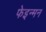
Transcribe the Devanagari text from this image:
फेइन्मन